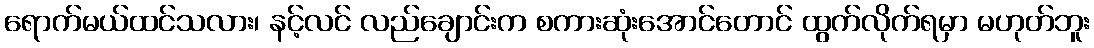
ရောက်မယ်ထင်သလား၊ နင့်လင် လည်ချောင်းက စကားဆုံးအောင်တောင် ထွက်လိုက်ရမှာ မဟုတ်ဘူး